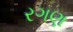
રગણ